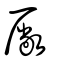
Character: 厰